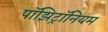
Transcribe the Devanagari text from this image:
पॉझिट्रॉनियम